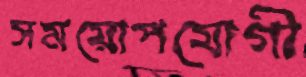
সময়োপযোগী